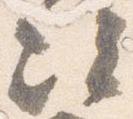
次